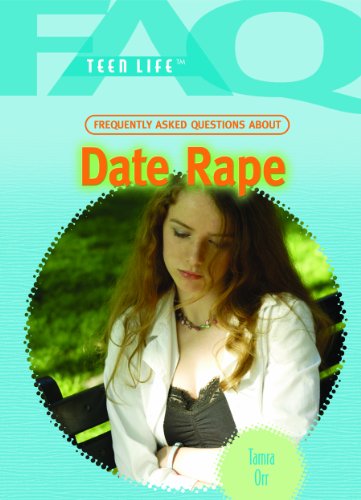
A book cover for Frequently Asked Questions About Date Rape (Faq: Teen Life); Tamra Orr; Teen & Young Adult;